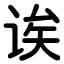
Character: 诶